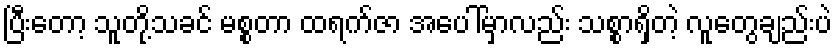
ပြီးတော့ သူတို့သခင် မစ္စတာ ထရက်ဇာ အပေါ်မှာလည်း သစ္စာရှိတဲ့ လူတွေချည်းပဲ